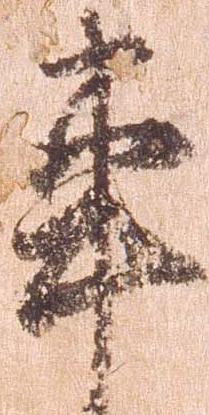
事